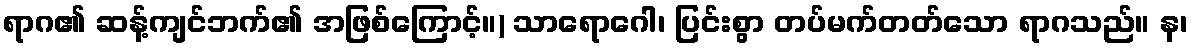
ရာဂ၏ ဆန့်ကျင်ဘက်၏ အဖြစ်ကြောင့်။) သာရောဂေါ၊ ပြင်းစွာ တပ်မက်တတ်သော ရာဂသည်။ န၊